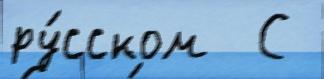
ру́сском  С